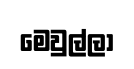
මෙවුල්ලා